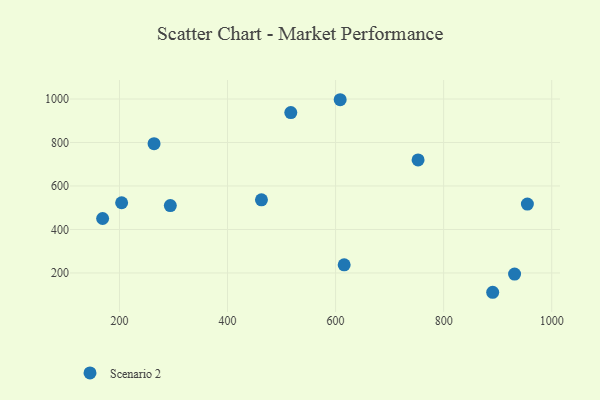
{"axis": {"x": "Engine Size", "y": "Yield"}, "legend": ["Scenario 2"], "data": [{"x": "168.8", "y": 450.5, "type": "Scenario 2"}, {"x": "204.0", "y": 523.0, "type": "Scenario 2"}, {"x": "890.8", "y": 111.3, "type": "Scenario 2"}, {"x": "615.9", "y": 237.3, "type": "Scenario 2"}, {"x": "955.0", "y": 516.6, "type": "Scenario 2"}, {"x": "517.1", "y": 937.7, "type": "Scenario 2"}, {"x": "608.5", "y": 996.6, "type": "Scenario 2"}, {"x": "294.1", "y": 509.8, "type": "Scenario 2"}, {"x": "931.3", "y": 194.9, "type": "Scenario 2"}, {"x": "752.7", "y": 719.9, "type": "Scenario 2"}, {"x": "264.0", "y": 794.3, "type": "Scenario 2"}, {"x": "462.8", "y": 536.4, "type": "Scenario 2"}]}